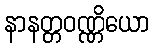
နာနတ္တဝဏ္ဏိယော